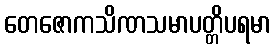
တေဇောကသိဏသမာပတ္တိပရမာ